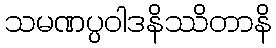
သမဏပ္ပဝါဒနိဿိတာနိ